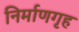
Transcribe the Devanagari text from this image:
निर्माणगृह